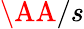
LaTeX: \AA/s